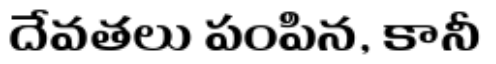
దేవతలు పంపిన, కానీ